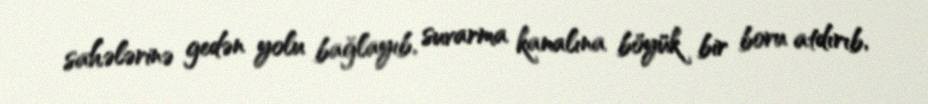
sahələrinə gedən yolu bağlayıb, suvarma kanalına böyük bir boru atdırıb,